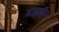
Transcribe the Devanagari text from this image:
ब्राह्मलीन